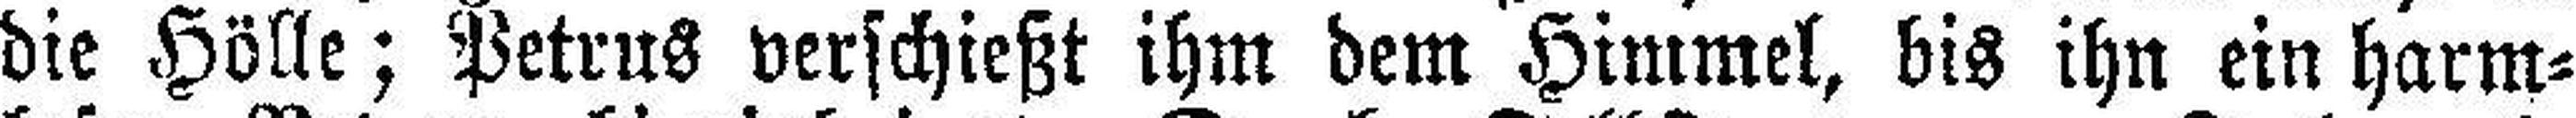
die Hölle; Petrus verschießt ihm dem Himmel, bis ihn ein harm¬